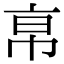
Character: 𢂚